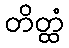
တိတ္ထံ